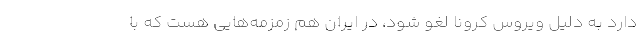
دارد به دلیل ویروس کرونا لغو شود، در ایران هم زمزمه‌هایی هست که با